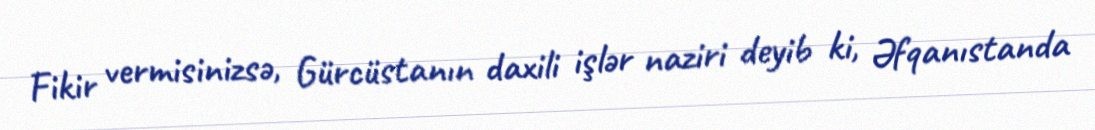
Fikir vermisinizsə, Gürcüstanın daxili işlər naziri deyib ki, Əfqanıstanda